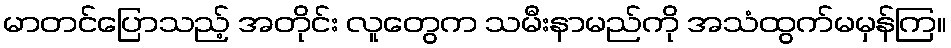
မာတင်ပြောသည့် အတိုင်း လူတွေက သမီးနာမည်ကို အသံထွက်မမှန်ကြ။